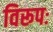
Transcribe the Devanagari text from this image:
विरूपः